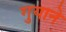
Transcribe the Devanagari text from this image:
गुयाने